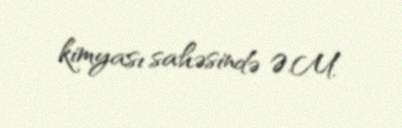
kimyası sahəsində Ə.M.